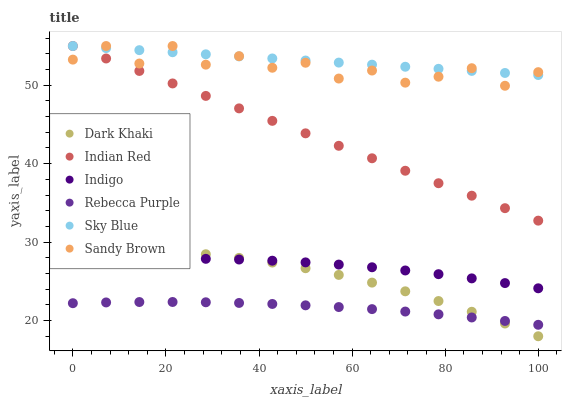
| xaxis_label | Dark Khaki | Indian Red | Indigo | Rebecca Purple | Sky Blue | Sandy Brown |
 | --- | --- | --- | --- | --- | --- | --- |
 | 0 | 29 | 55 | 27.6 | 22.2 | 55 | 53.3 |
 | 7.14 | 29.1 | 53.4 | 27.7 | 22.3 | 54.7 | 55 |
 | 14.3 | 29 | 51.8 | 27.8 | 22.4 | 54.5 | 52.8 |
 | 21.4 | 28.8 | 50.2 | 27.9 | 22.4 | 54.2 | 55 |
 | 28.6 | 28.5 | 48.6 | 27.9 | 22.3 | 53.9 | 52.6 |
 | 35.7 | 28 | 47 | 27.8 | 22.2 | 53.7 | 53.7 |
 | 42.9 | 27.4 | 45.5 | 27.6 | 22.1 | 53.4 | 52.2 |
 | 50 | 26.7 | 43.9 | 27.4 | 21.9 | 53.2 | 52.9 |
 | 57.1 | 25.8 | 42.3 | 27.1 | 21.7 | 52.9 | 50.9 |
 | 64.3 | 24.8 | 40.7 | 26.8 | 21.5 | 52.6 | 51.9 |
 | 71.4 | 23.7 | 39.1 | 26.4 | 21.1 | 52.4 | 50.3 |
 | 78.6 | 22.5 | 37.5 | 25.9 | 20.8 | 52.1 | 51.1 |
 | 85.7 | 21.1 | 35.9 | 25.4 | 20.4 | 51.8 | 52.2 |
 | 92.9 | 19.6 | 34.3 | 24.8 | 20 | 51.6 | 49.9 |
 | 100 | 18 | 32.7 | 24.1 | 19.5 | 51.3 | 51.7 |